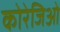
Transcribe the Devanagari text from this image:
कोरेजिओ